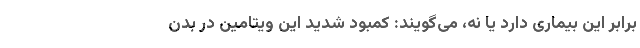
برابر این بیماری دارد یا نه، می‌گویند: کمبود شدید این ویتامین در بدن